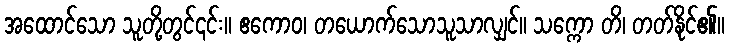
အထောင်သော သူတို့တွင်၎င်း။ ဧကောဝ၊ တယောက်သောသူသာလျှင်။ သက္ကော တိ၊ တတ်နိုင်၏။